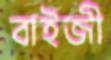
বাইজী